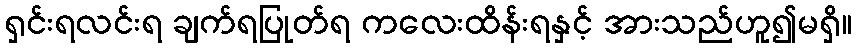
ရှင်းရလင်းရ ချက်ရပြုတ်ရ ကလေးထိန်းရနှင့် အားသည်ဟူ၍မရှိ။